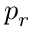
p _ { r }